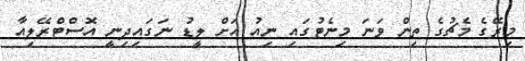
މިރޭގެ މެޗުގެ ތިން ވަނަ މިނެޓުގައި ނިއު އަށް ލީޑު ނަގައިދިނީ އޮސްޓްރޭލިއާ